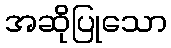
အဆိုပြုသော